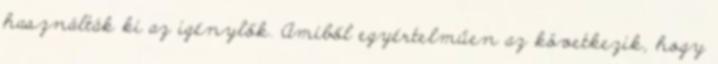
használták ki az igénylők. Amiből egyértelműen az következik, hogy